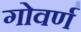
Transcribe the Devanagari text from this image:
गोवर्ण